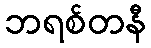
ဘရစ်တနီ